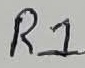
Text: R1